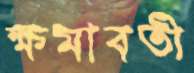
ক্ষমাবতী